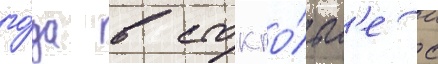
го́да в стокго́льм'е с